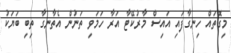
މިގޮތައް ހިނގާފައި އައިސް މާރުކޭޓާ އަރާ ހަމަވި ތަނުން އެތާނގާ ތިބި ބަޔަކު